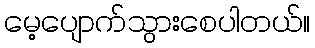
မေ့ပျောက်သွားစေပါတယ်။